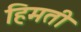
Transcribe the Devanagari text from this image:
हिमती